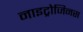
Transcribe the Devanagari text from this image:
नाइट्रोजिनस